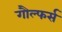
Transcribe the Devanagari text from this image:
गौल्फर्स